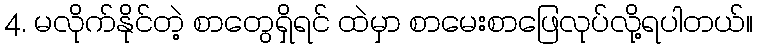
4. မလိုက်နိုင်တဲ့ စာတွေရှိရင် ထဲမှာ စာမေးစာဖြေလုပ်လို့ရပါတယ်။